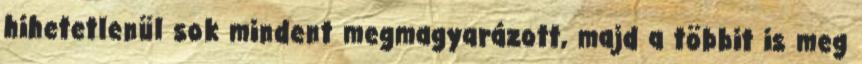
hihetetlenül sok mindent megmagyarázott, majd a többit is meg